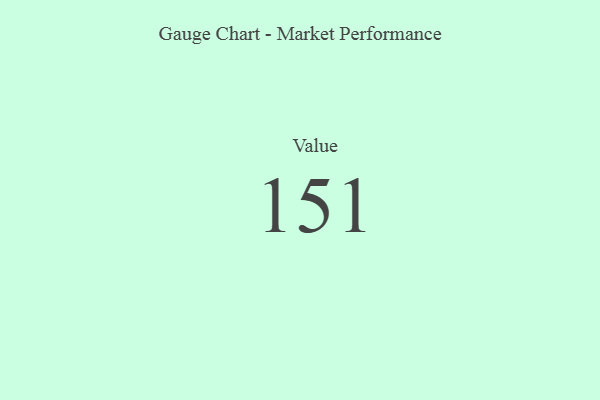
{"axis": {"x": "Metric", "y": "Value"}, "legend": [""], "data": [{"x": "Value", "y": 151, "type": ""}]}